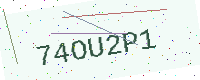
Text: 74OU2P1